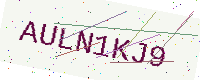
Text: AULN1KJ9